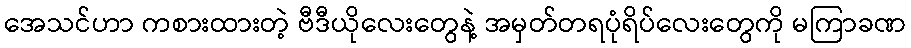
အေသင်ဟာ ကစားထားတဲ့ ဗီဒီယိုလေးတွေနဲ့ အမှတ်တရပုံရိပ်လေးတွေကို မကြာခဏ